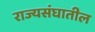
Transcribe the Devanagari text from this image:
राज्यसंघातील